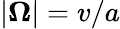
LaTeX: |{\boldsymbol\Omega}|=v/a